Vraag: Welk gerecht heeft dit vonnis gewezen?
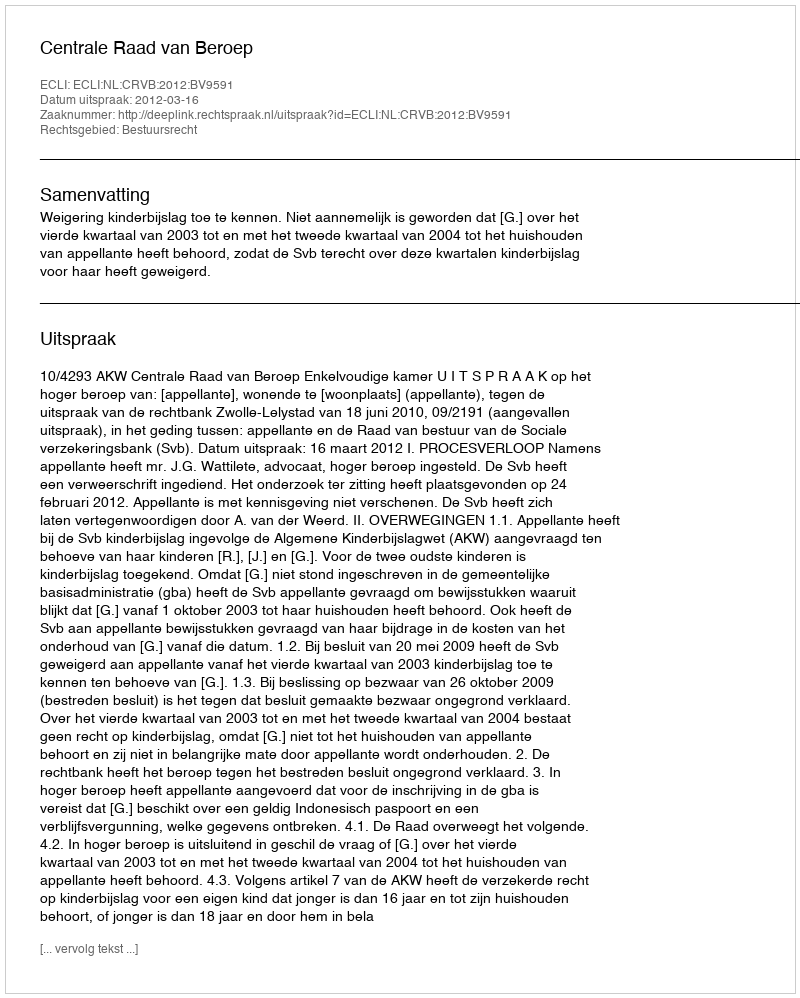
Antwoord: Centrale Raad van Beroep